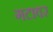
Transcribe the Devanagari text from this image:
गटावर